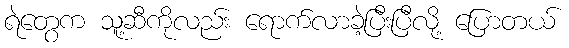
ရဲတွေက သူ့ဆီကိုလည်း ရောက်လာခဲ့ပြီးပြီလို့ ပြောတယ်